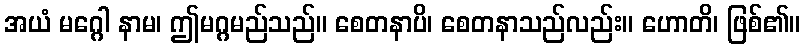
အယံ မဂ္ဂေါ နာမ၊ ဤမဂ္ဂမည်သည်။ စေတနာပိ၊ စေတနာသည်လည်း။ ဟောတိ၊ ဖြစ်၏။